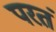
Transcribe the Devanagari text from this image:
परतं